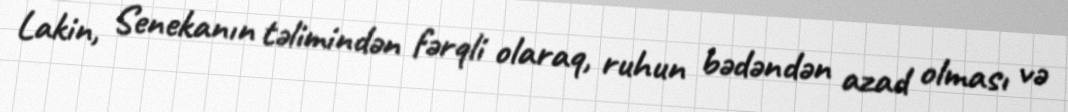
Lakin, Senekanın təlimindən fərqli olaraq, ruhun bədəndən azad olması və